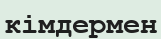
кімдермен